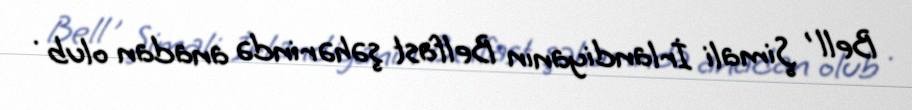
Bell , Şimali İrlandiyanın Belfast şəhərində anadan olub .